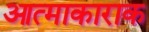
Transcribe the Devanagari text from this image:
आत्माकाराक